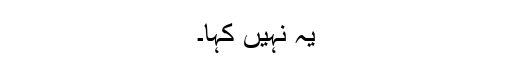
یہ نہیں کہا۔